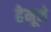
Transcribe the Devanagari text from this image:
हेमूने